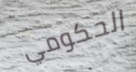
الحكومي